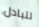
لتبادل